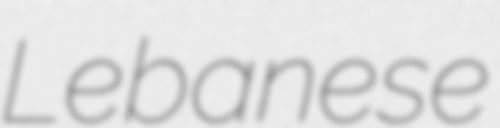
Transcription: Lebanese